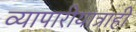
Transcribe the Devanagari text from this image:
व्यापारीयात्राही